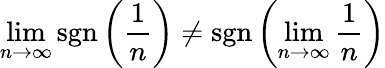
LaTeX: \operatorname*{lim}_{n\to\infty}\operatorname{sgn}\left({\frac{1}{n}}\right)\neq\operatorname{sgn}\left(\operatorname*{lim}_{n\to\infty}{\frac{1}{n}}\right)